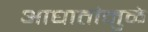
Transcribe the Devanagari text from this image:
आघातांमुळे